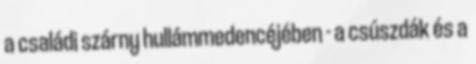
a családi szárny hullámmedencéjében - a csúszdák és a